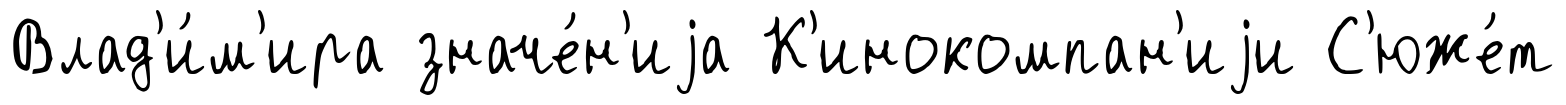
Влад'и́м'ира значе́н'иjа К'инокомпан'иjи С'юже́т